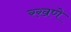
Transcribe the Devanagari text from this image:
रखणे